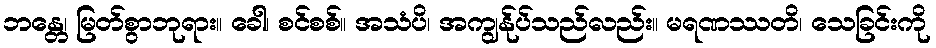
ဘန္တေ၊ မြတ်စွာဘုရား။ ခေါ၊ စင်စစ်။ အသံပိ၊ အကျွန်ုပ်သည်လည်း။ မရဏဿတိ၊ သေခြင်းကို